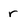
Character: r